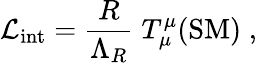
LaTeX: {\cal L}_{\mathrm{int}}=\frac{R}{\Lambda_{R}}\; T_{\mu}^{\mu}(\mathrm{SM})\; ,